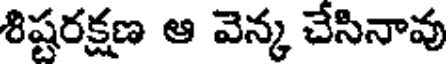
శిష్టరక్షణ ఆ వెన్క చేసినావు